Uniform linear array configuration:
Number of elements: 8
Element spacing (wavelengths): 0.5
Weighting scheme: binomial
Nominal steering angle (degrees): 60
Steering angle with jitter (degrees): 58.395
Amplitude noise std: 0.05
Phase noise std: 0.05

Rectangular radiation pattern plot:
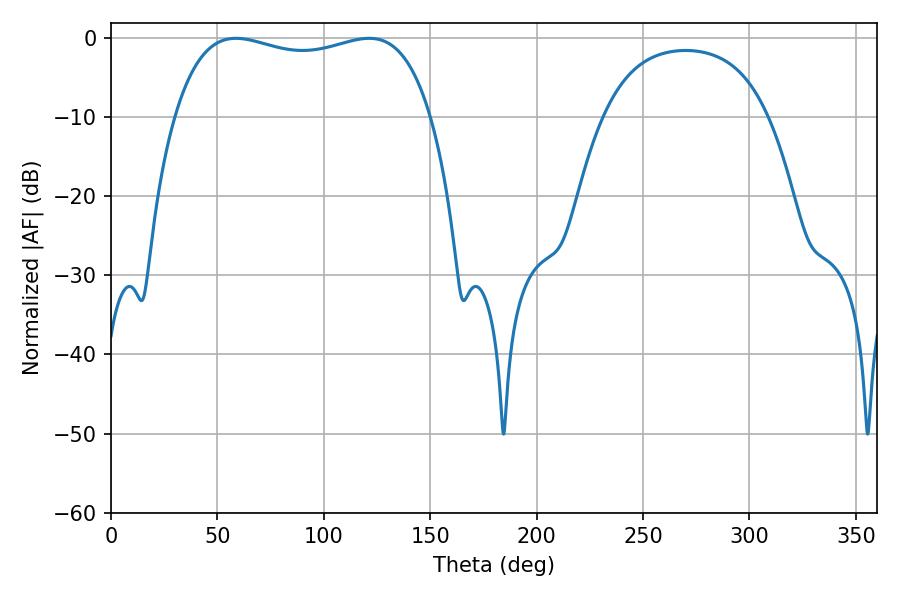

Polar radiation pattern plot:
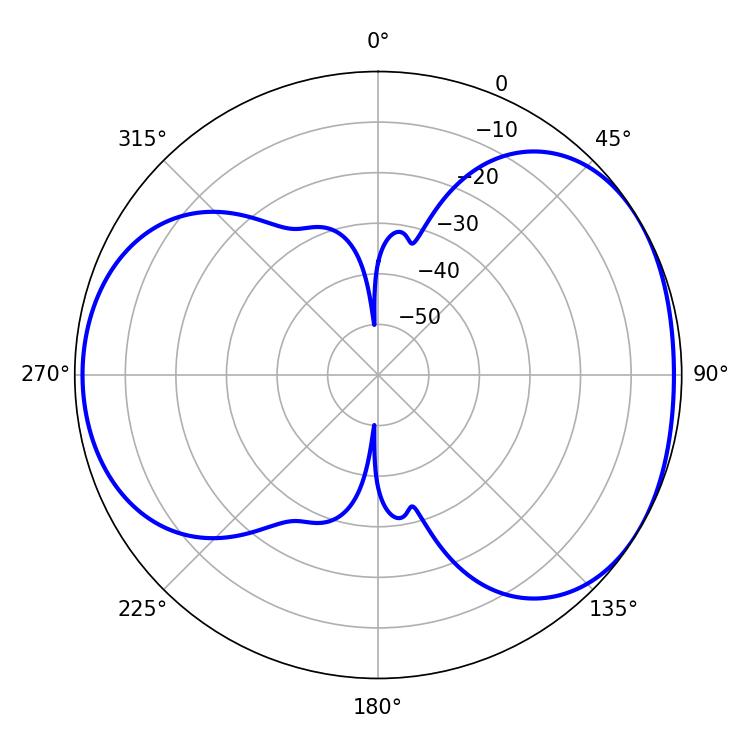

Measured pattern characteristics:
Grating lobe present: FALSE
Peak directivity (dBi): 4.463
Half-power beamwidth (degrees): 98.28
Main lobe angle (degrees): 58.68